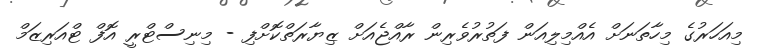
މިއަހަރުގެ މިހާތަނަށް އެއްމިލިއަން ފަތުރުވެރިން ރާއްޖެއަށް ޒިޔާރަތްކޮށްފި - މިނިސްޓްރީ އޮފް ޓްއަރިޒަމް